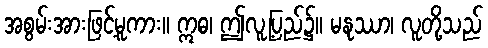
အစွမ်းအားဖြင့်မူကား။ ဣဓ၊ ဤလူ့ပြည်၌။ မနုဿာ၊ လူတို့သည်